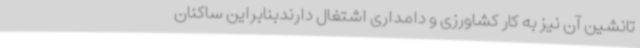
تانشین آن نیز به کار کشاورزی و دامداری اشتغال دارندبنابراین ساکنان